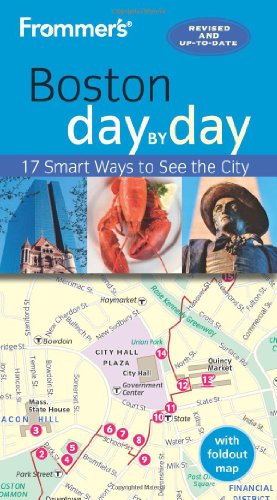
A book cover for Frommer's Boston day by day; Marie Morris; Travel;